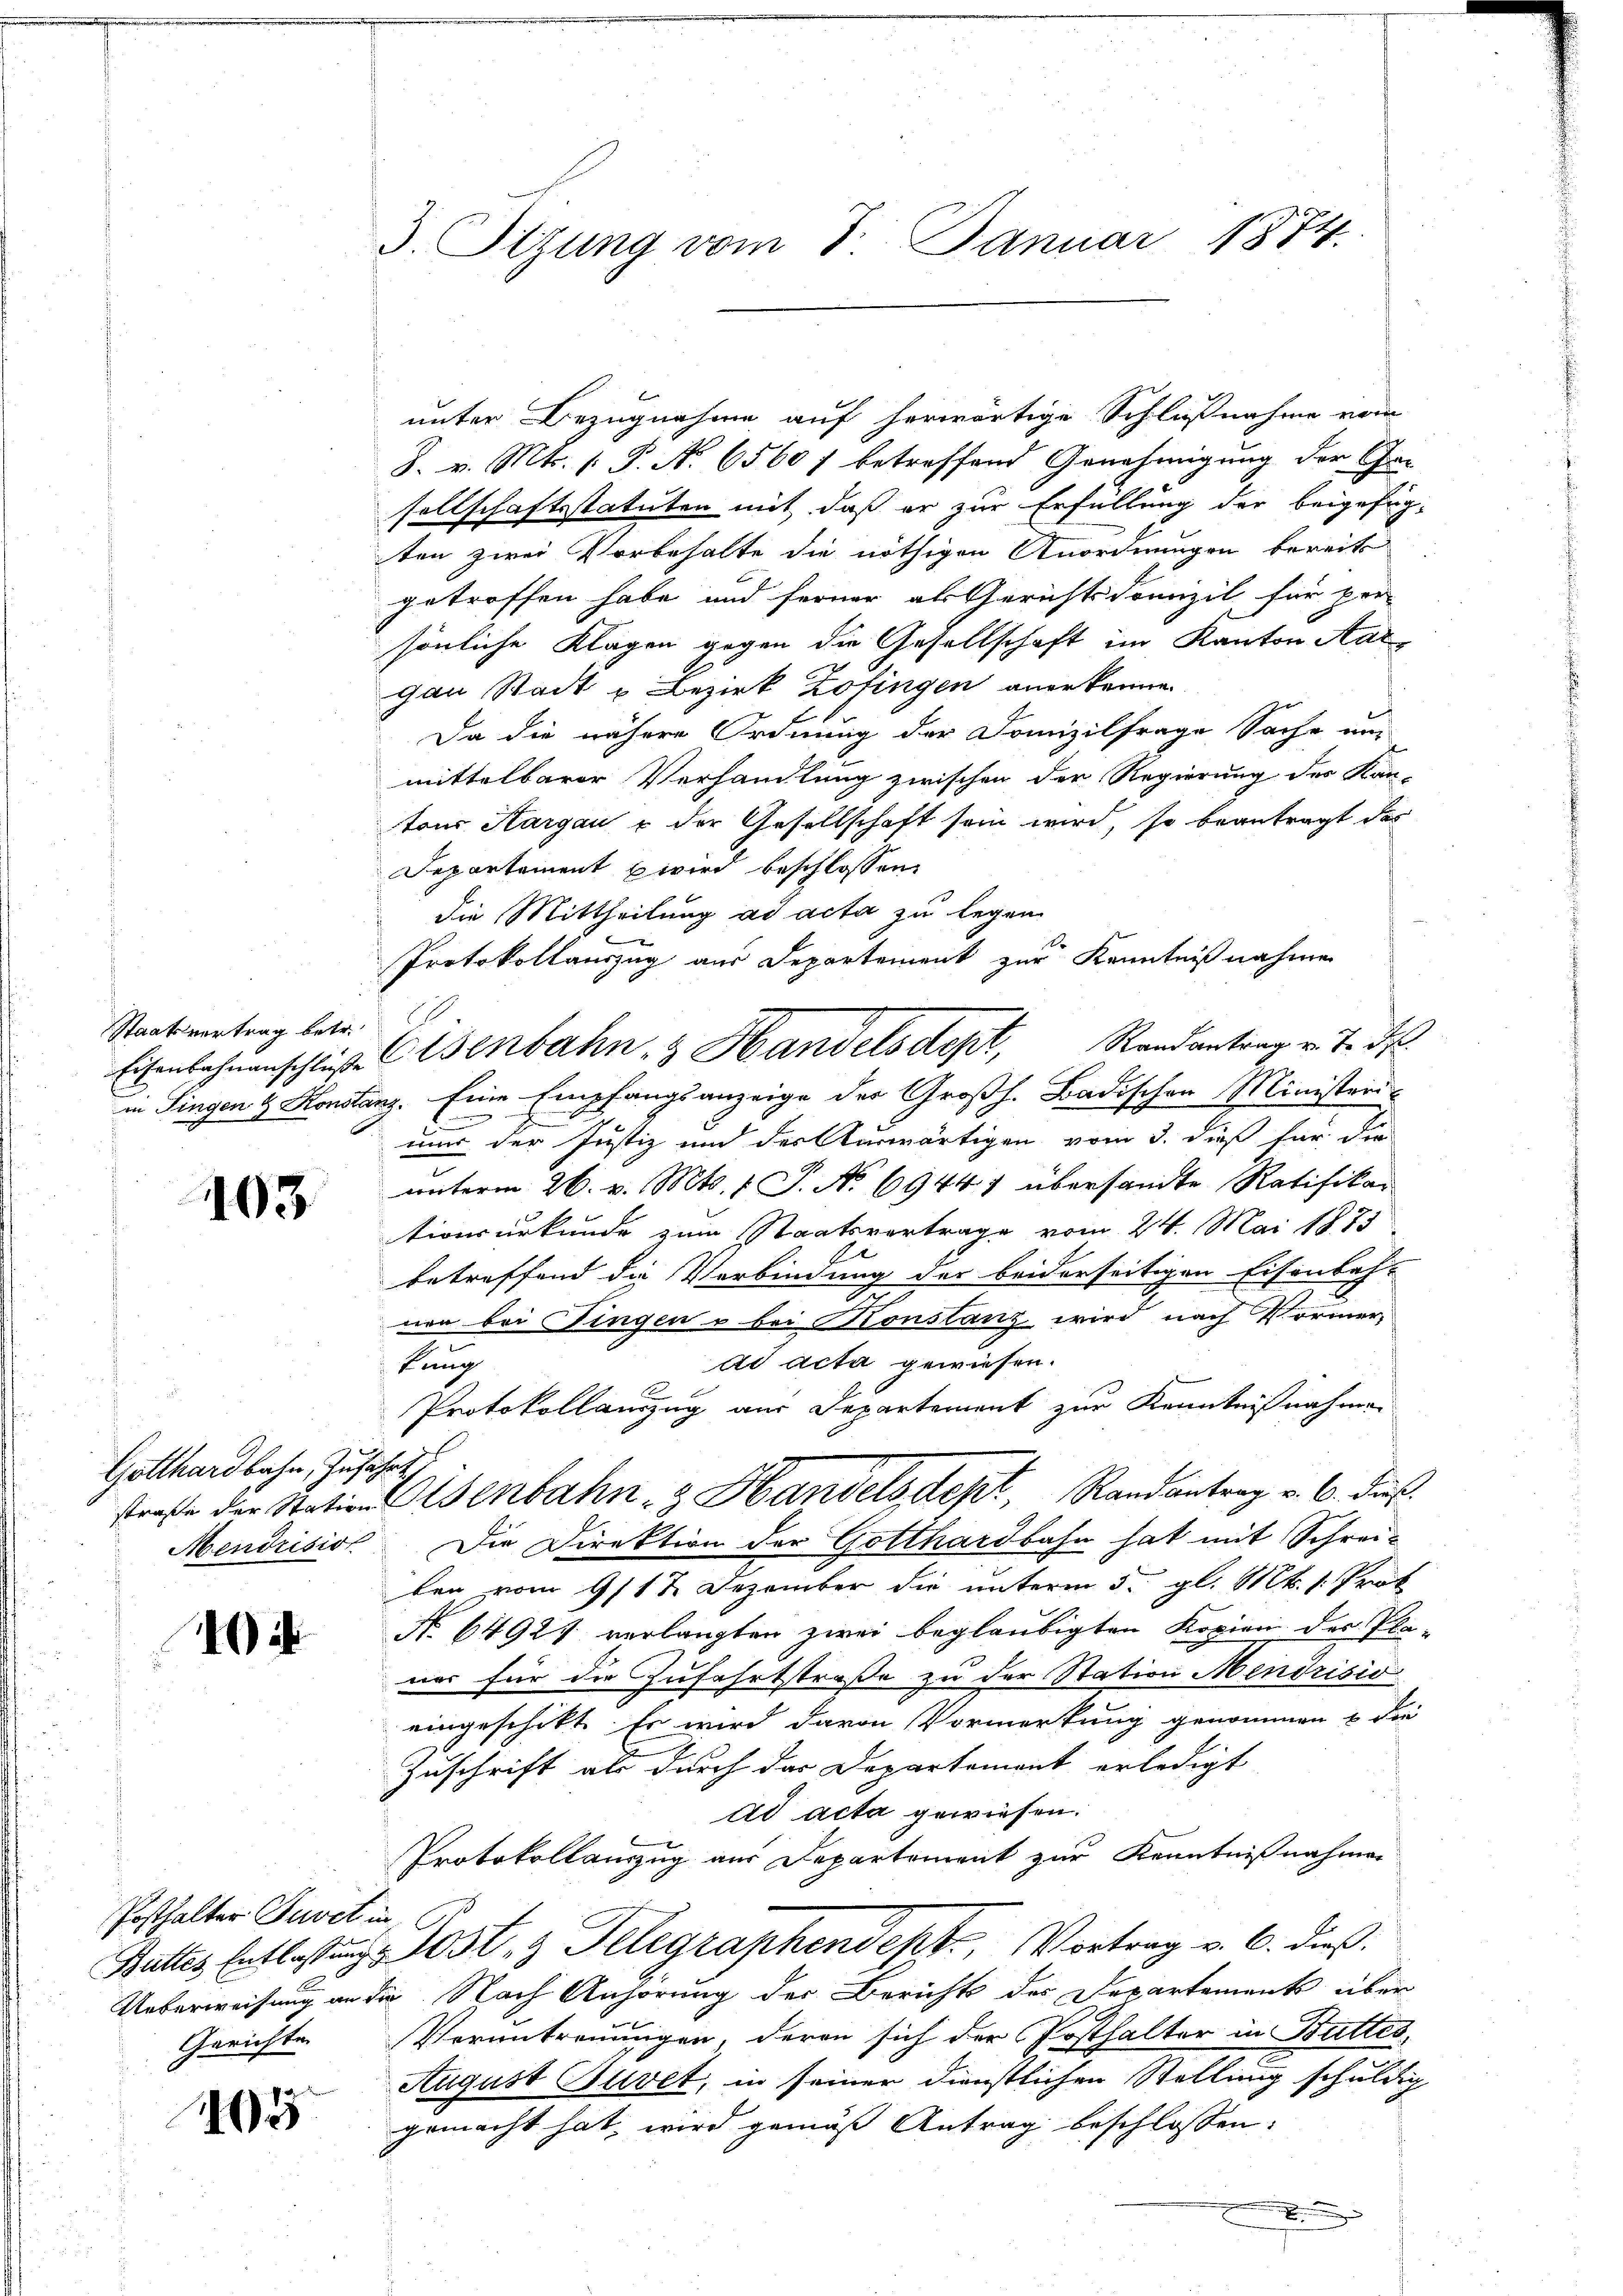
Staatsvertrag betr.

103

Gotthardbahn, zufährt,

1) is

Posthalter Juvet in

65

3. Sizung vom 8. Januar 1874.

unter Bezugnahme auf herwärtige Schlußnahme vom
S. v. Mts. 1. P. N. 6560 f betreffend Genehmigung der Chasellschaftsstatuten mit daß er zur Erfüllung der beigefügten zwei Vorbehalte die nöthigen Anordnungen bereits
getroffen habe und ferner als Gerichtsdomizil für per
sönliche Klagen gegen die Gesellschaft im Kanton Aargau Stadt u Bezirk Zofingen anerkennen.
Da die nähere Ordnung der Domizilfrage Sache um
mittelbarer Verhandlung zwischen der Regierung des Kan-
tons Aargau & der Gesellschaft sein wird, so beantragt das
Departement wird beschlossen:
die Mittheilung ad acta zu legen.
d
Protokollauszug aus Departement zur Kenntnißnahme
d
nur der Justiz und des Auswärtigen vom 3. dieß für die
unterm 26. v. Mts. 1 S. No 69447 übersandte Ratifikar
tionsurkunde zum Staatsvertrage vom 24. Mai 1873
A
betreffend die Verbindung der beiderseitigen Eisenbah
nen bei Fingen u bei Konstanz wird nach Vormerad acta gewiesen.
kung
Protokollauszug aus Departement zur Kenntnißnahmen
strafe der Stationenbahn- & Handels dept, Randantrag v. 6. dieß
Mendrisio Die Direktion der Gotthardbahn hat mit Schrei-
ten vom 9/12. Dezember die unterm 5. gl. Mts. 1. Prof
N. 64921 verlangten zwei beglaubigten Kopien der Pla-
ner für die Zufahrtstraße zu der Station Mendrisio
eingeschikt. Es wird davon Vormerkung genommen & die
Zuschrift als durch das Departement erledigt
ad acta gewiesen.
Protokollauszug aus Departement zur Kenntnißnahmen
Battes Entlassŭng Jost 3 Telegraphendept, Vortrag v. 6. dieß:
Ueberweisung an die Nach Anhörung der Berichts des Departements über
Gerichte Veruntreuungen, deren sich der Posthalter in Butter,
August Suvet, in seiner dienstlichen Stellung schuldig
gemacht hat, wird gemäß Antrag beschlossen:

Eisenbahnanschlieβenbahn- & Handelsdept, Randantrag v. J. de
in Fingen & Konstanz. Eine Empfangsanzeige der Großh. Badischen Ministeri-